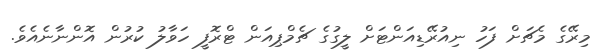
މިރޭގެ މެޗަށް ފަހު ނިއުރޭޑިއަންޓަށް ލީގުގެ ޗެމްޕިއަން ޓްރޮފީ ހަވާލު ކުރުން އޮންނާނެއެވެ.